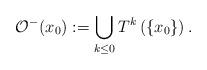
LaTeX: \begin{align*}\mathcal O^-(x_0):=\bigcup_{k\le0}T^k\left(\{x_0\}\right). \end{align*}